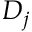
D _ { j }